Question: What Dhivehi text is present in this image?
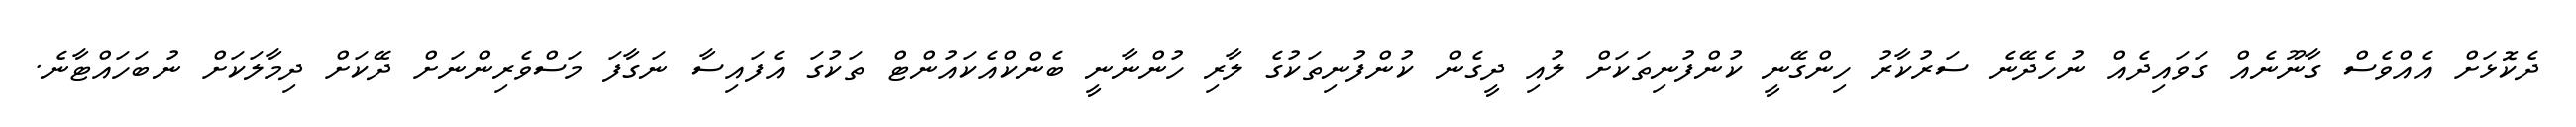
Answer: ދެކޮޅަށް އެއްވެސް ގާނޫނެއް ގަވައިދެއް ނުހެދޭނެ ސަރުކާރު ހިންގޭނީ ކުންފުނިތަކަށް ލުއި ދީގެން ކުންފުނިތަކުގެ ލާރި ހުންނާނީ ބެންކްއެކައުންޓް ތަކުގަ އެފައިސާ ނަގާފަ މަސްވެރިންނަށް ދޭކަށް ދިމާލަކަށް ނުބަހައްޓާނެ.